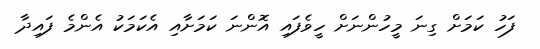
ފަހު ކަމަށް ގިނަ މީހުންނަށް ހީވެފައި އޮންނަ ކަމަށާއި އެކަމަކު އެންމެ ފައިދާ